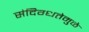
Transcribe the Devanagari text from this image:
संदिग्धतेमुळे